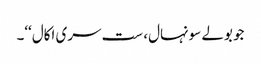
جو بولے سونہال، ست سری اکال‘‘۔